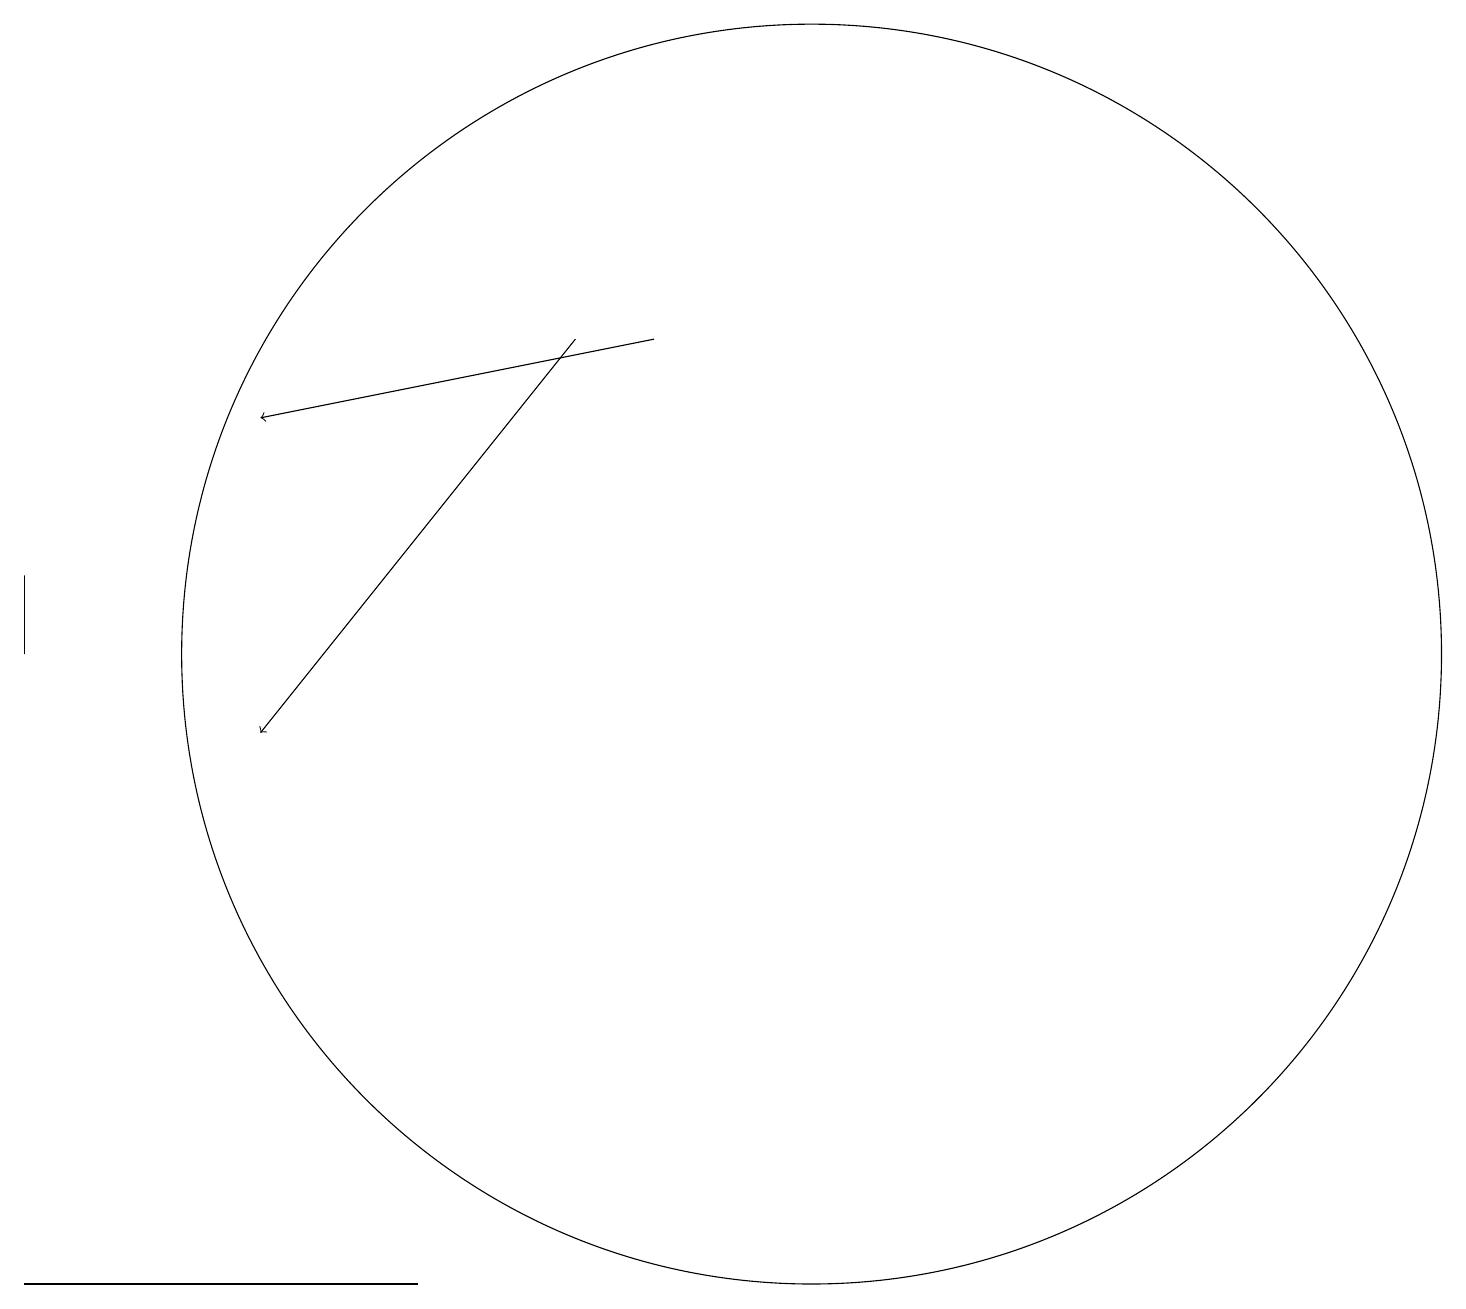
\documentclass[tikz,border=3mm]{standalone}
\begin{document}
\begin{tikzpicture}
\draw (11,12) circle (8);
\draw[->] (9,16) -- (4,15);
\draw (6,4) -- (1,4) -- (1,4) -- cycle;
\draw[->] (8,16) -- (4,11);
\draw (1,12) rectangle (1,13);
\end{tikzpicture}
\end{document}